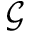
\mathcal { G }